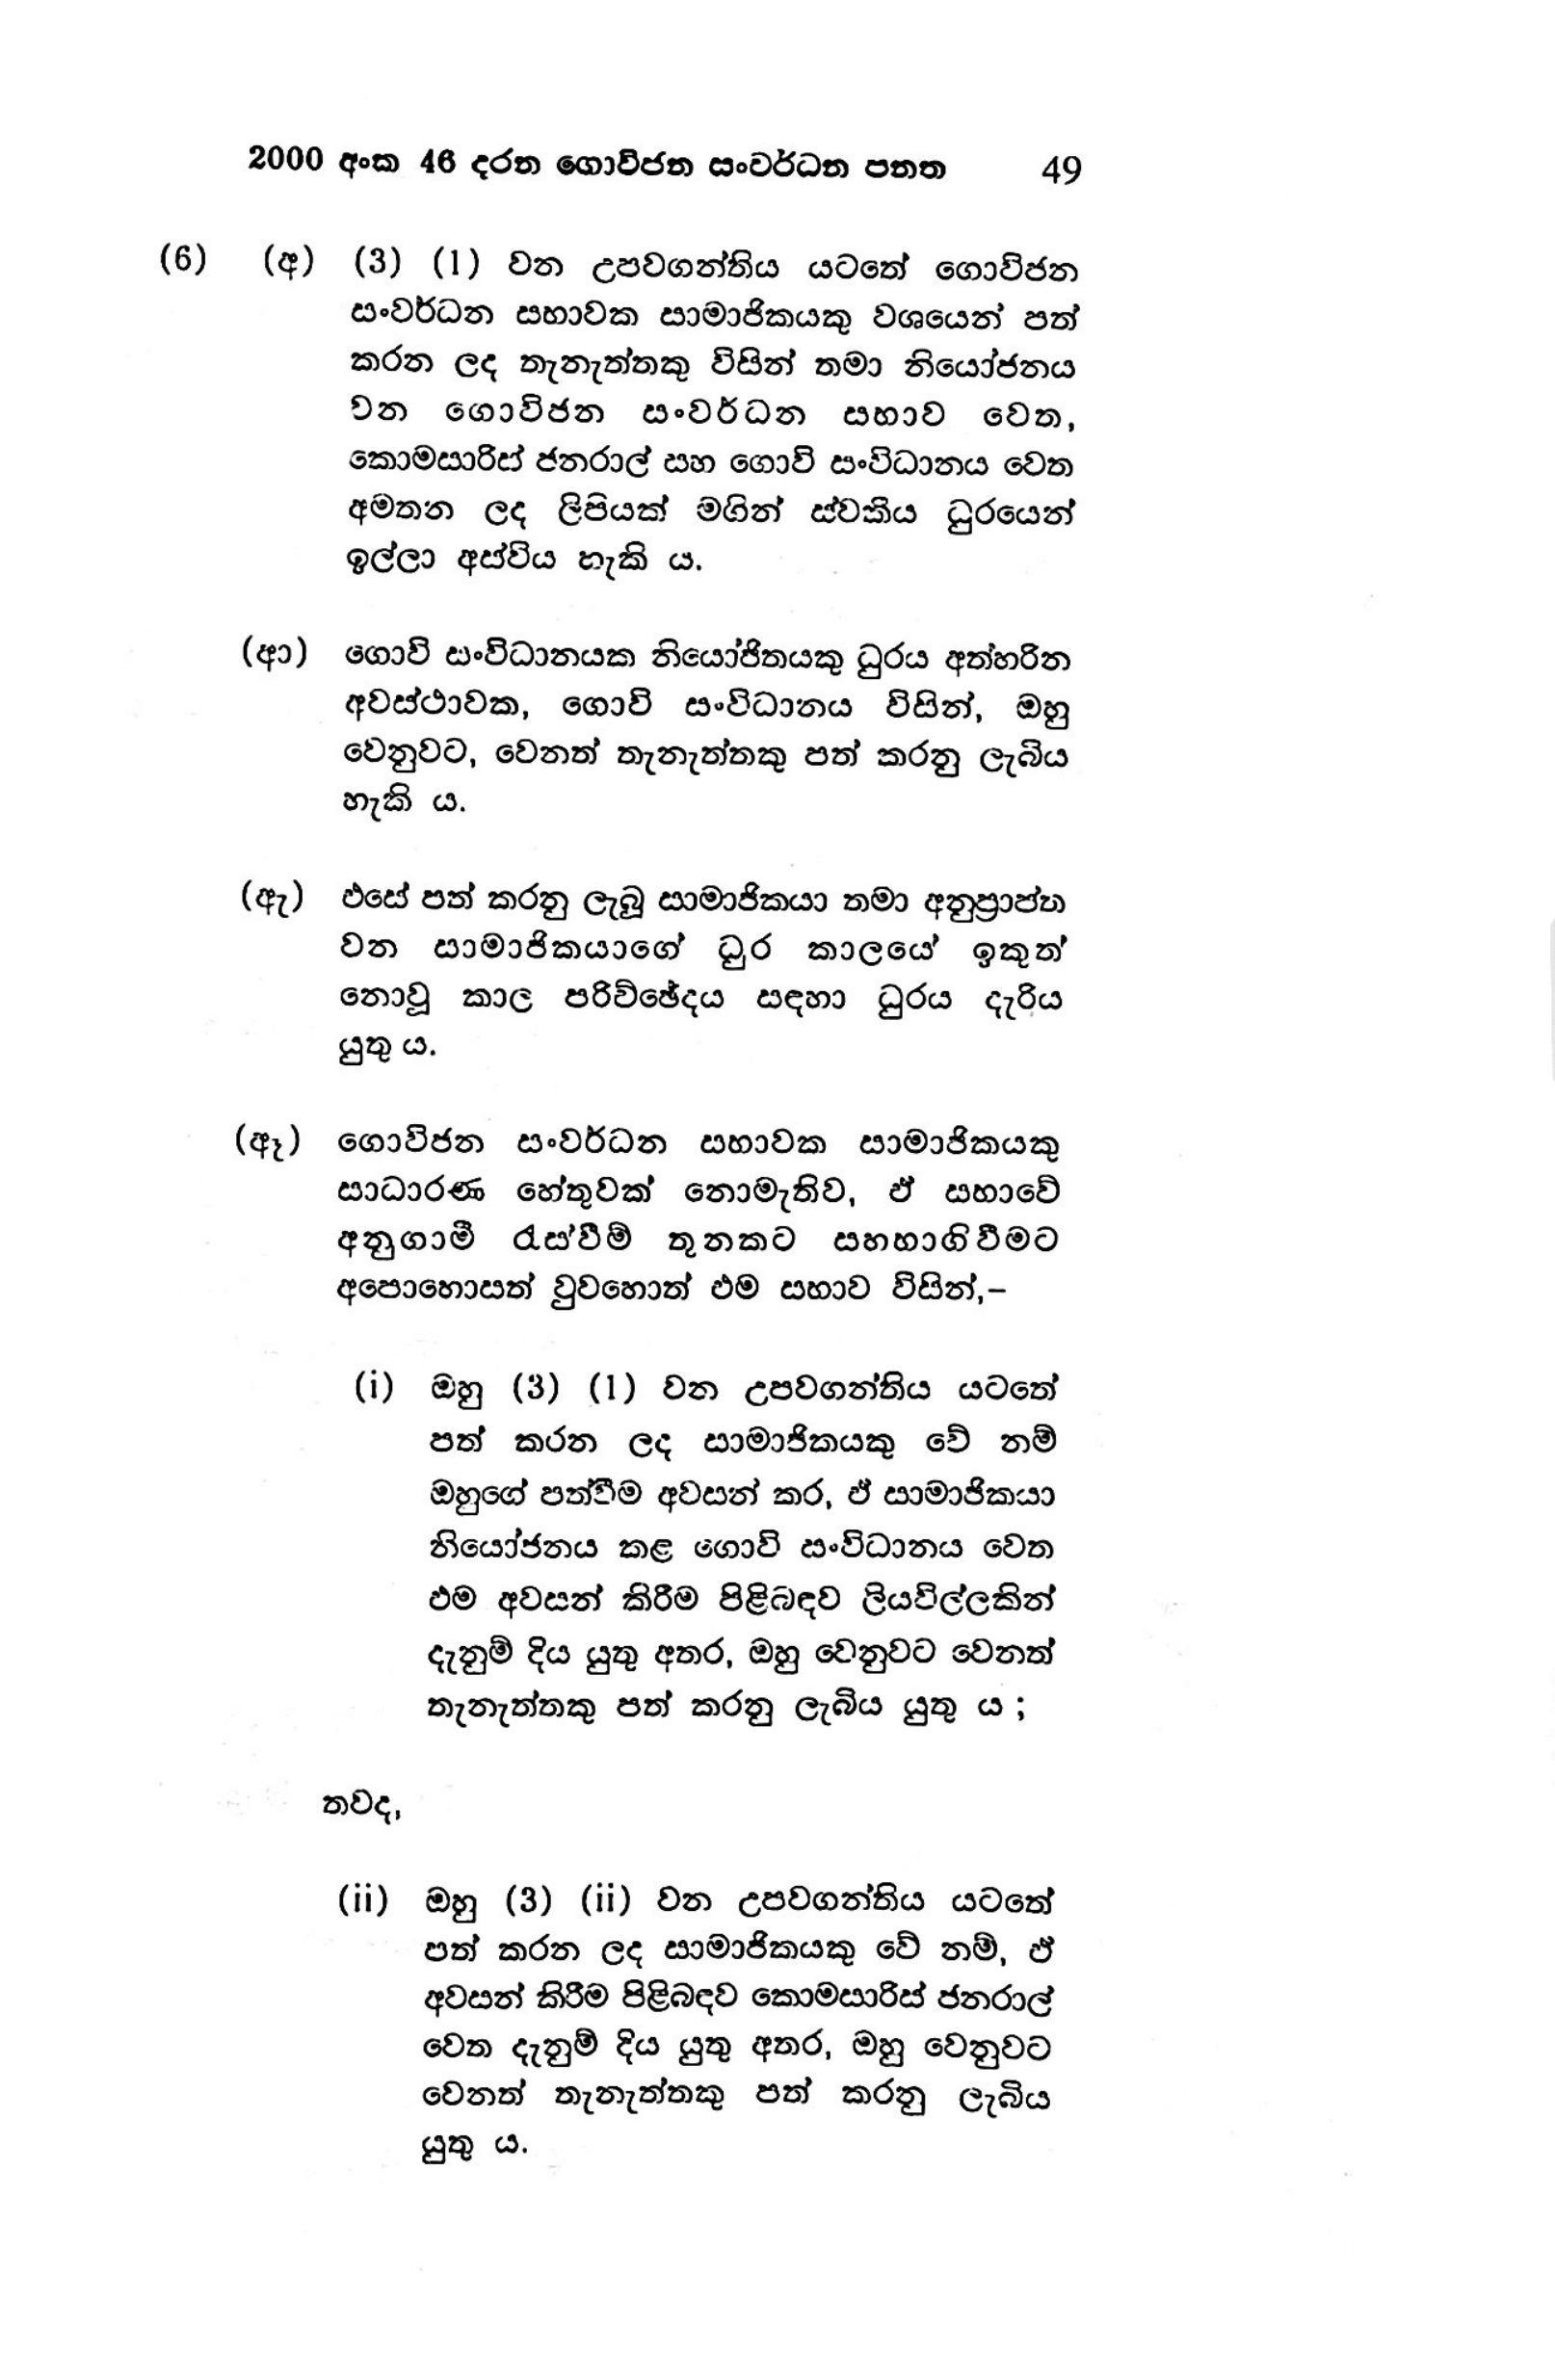
2000 අංක 46 දරන ගොවිජන සංවර්ධන පනත 49

(6) (අ) (3) (1) වන උපවගන්තිය යටතේ ගොවිජන
සංවර්ධන සභාවක සාමාජිකයකු වශයෙන් පත්
කරන ලද තැනැත්තකු විසින් තමා නියෝජනය
වන ගොවිජන සංවර්ධන __ සභාව වෙත,
කොමසාරිස් ජනරාල් සහ ගොවි සංවිධානය වෙත
අමතන ලද ලිපියක් මගින් ස්වකීය ධුරයෙන්
ඉල්ලා අස්විය හැකි ය.

(ආ) ගොවි සංවිධානයක නියෝජිතයකු ධුරය අත්හරින
අවස්ථාවක, ගොවි සංවිධානය විසින්, ඔහු
වෙනුවට, වෙනත් තැනැත්තකු පත් කරනු ලැබිය
හැකි ය.

(ඇ) එසේ පත් කරනු ලැබූ සාමාජිකයා තමා අනුප්‍රාප්ත
වන සාමාජිකයාගේ ධුර කාලයේ ඉකුත්
නොවූ කාල පරිච්ඡේදය සඳහා ධුරය දැරිය
යුතු ය.

(ඈ) ගොවිජන සංවර්ධන සභාවක සාමාජිකයකු
සාධාරණ හේතුවක් නොමැතිව, ඒ සභාවේ
අනුගාමී රැස්වීම් තුනකට සහභාගිවීමට
අපොහොසත් වුවහොත් එම සභාව විසින්,-

(i) ඔහු (3) (1) වන උපවගන්තිය යටතේ
පත් කරන ලද සාමාජිකයකු වේ නම්
ඔහුගේ පත්වීම අවසන් කර, ඒ සාමාජිකයා
නියෝජනය කළ ගොවි සංවිධානය වෙත
ඵම අවසන් කිරීම පිළිබඳව ලියවිල්ලකින්
දැනුම් දිය යුතු අතර, ඔහු වෙනුවට වෙනත්
තැනැත්තකු පත් කරනු ලැබිය යුතු ය;

තවද,

(ii) ඔහු (3) (ii) වන උපවගන්තිය යටතේ
පත් කරන ලද සාමාජිකයකු වේ නම්, ඒ
අවසන් කිරීම පිළිබඳව කොමසාරිස් ජනරාල්
වෙත දැනුම් දිය යුතු අතර, ඔහු වෙනුවට
වෙනත් තැනැත්තකු පත් කරනු ලැබිය
යුතු ය.